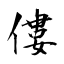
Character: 僂